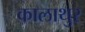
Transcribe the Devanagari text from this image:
कालाथुर